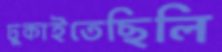
ঢুকাইতেছিলি